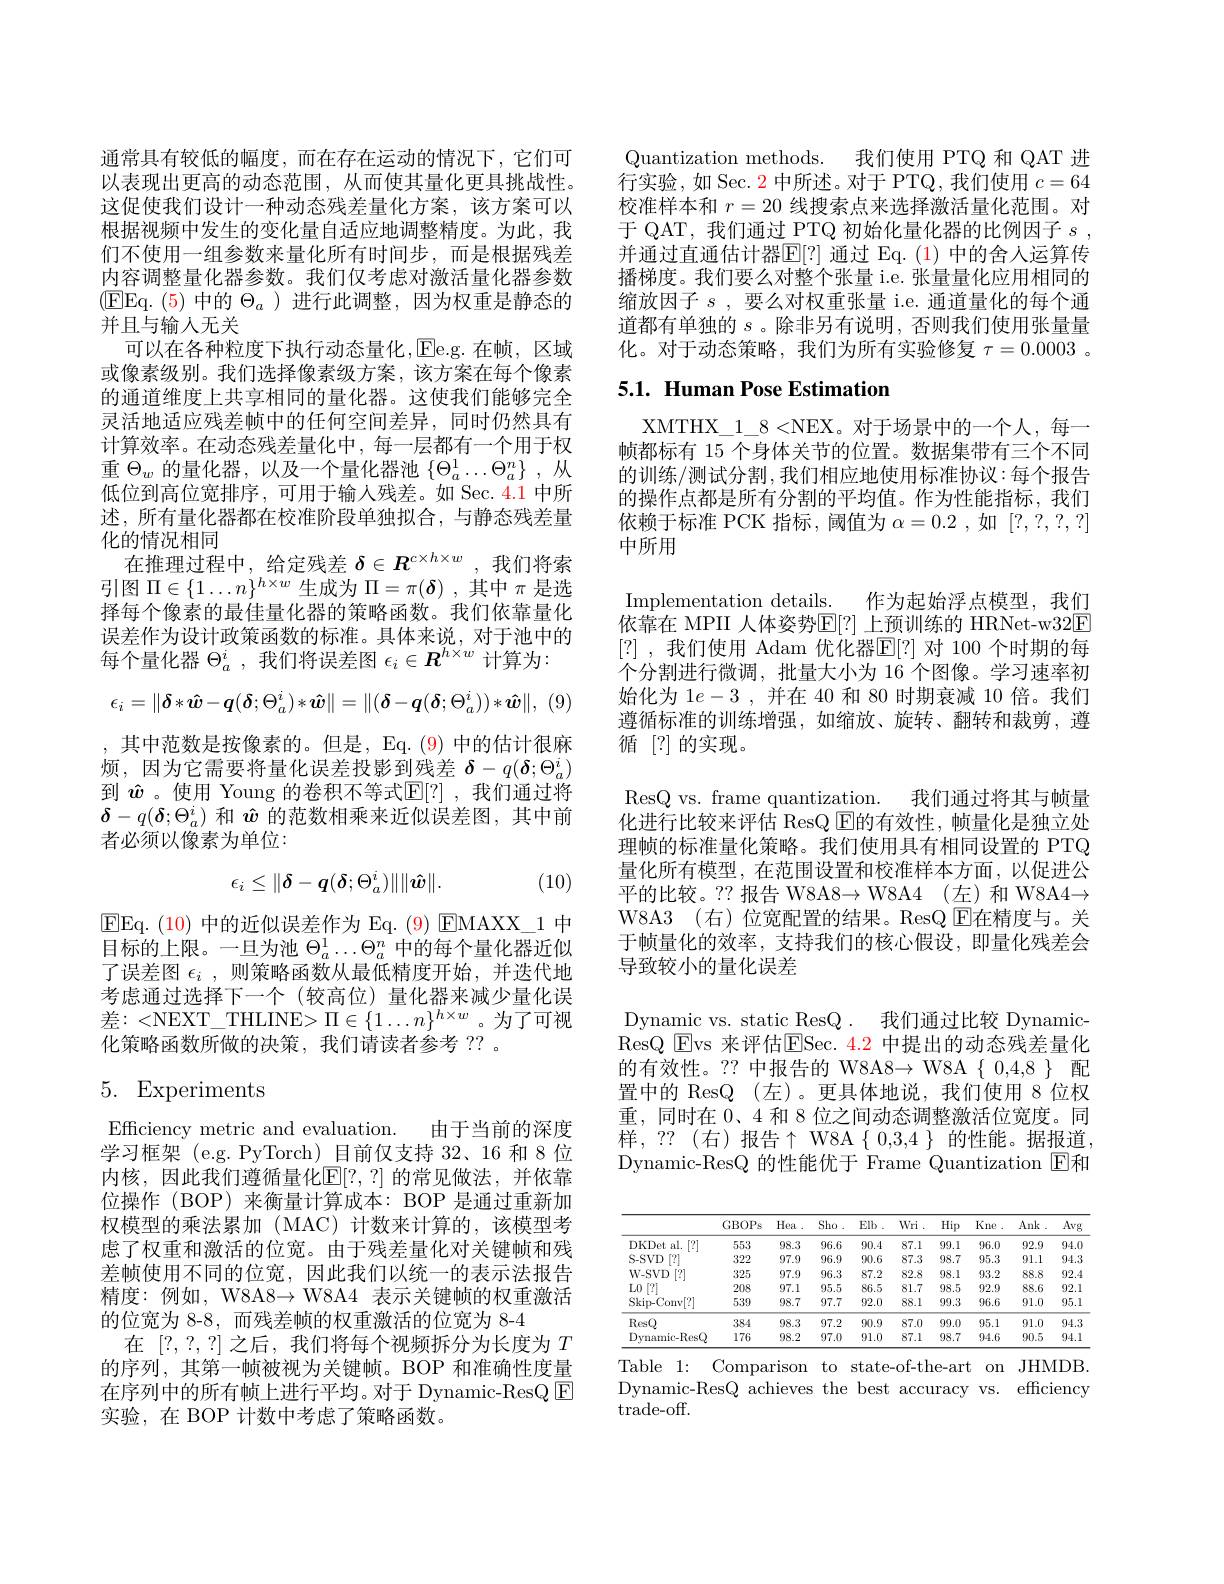
通常具有较低的幅度，而在存在运动的情况下，它们可以表现出更高的动态范围，从而使其量化更具挑战性。这促使我们设计一种动态残差量化方案，该方案可以根据视频中发生的变化量自适应地调整精度。为此，我们不使用一组参数来量化所有时间步，而是根据残差内容调整量化器参数。我们仅考虑对激活量化器参数(EEEq.(5)中的$\Theta_a$)进行此调整，因为权重是静态的并且与输人无关
可以在各种粒度下执行动态量化，Ee.g.在帧，区域或像素级别。我们选择像素级方案，该方案在每个像素的通道维度上共享相同的量化器。这使我们能够完全灵活地适应残差帧中的任何空间差异，同时仍然具有计算效率。在动态残差量化中，每一层都有一个用于权重$\Theta_w$的量化器，以及一个量化器池$\{\Theta_a^1\ldots\Theta_a^n\}$,从低位到高位宽排序，可用于输人残差。如 Sec. 4.1 中所述，所有量化器都在校准阶段单独拟合，与静态残差量化的情况相同
在推理过程中，给定残差$\delta\in\boldsymbol{R}^{c\times h\times w}$ ,我们将索引图$\Pi\in\{1\ldots n\}^h\times w$生成为$\Pi=\pi(\boldsymbol{\delta})$ ,其中$\pi$是选择每个像素的最佳量化器的策略函数。我们依靠量化误差作为设计政策函数的标准。具体来说，对于池中的每个量化器$\Theta_a^i$ ,我们将误差图$\epsilon_i\in R^h\times w$计算为：
$$\epsilon_i=\|\boldsymbol{\delta}*\boldsymbol{\hat{w}}-\boldsymbol{q}(\boldsymbol{\delta};\Theta_a^i)*\boldsymbol{\hat{w}}\|=\|(\boldsymbol{\delta}-\boldsymbol{q}(\boldsymbol{\delta};\Theta_a^i))*\boldsymbol{\hat{w}}\|$$
,其中范数是按像素的。但是，Eq.(9)中的估计很麻烦，因为它需要将量化误差投影到残差$\delta-q(\boldsymbol{\delta};\Theta_a^i)$ 到 $\hat{w}$ 。使用 Young 的卷积不等式$\mathbb{E}[?]$ ,我们通过将$\boldsymbol{\delta}-q(\boldsymbol{\delta};\Theta_a^i)$和$\hat{w}$的范数相乘来近似误差图，其中前者必须以像素为单位：
$$\epsilon_i\leq\|\delta-\boldsymbol{q}(\boldsymbol{\delta};\Theta_a^i)\|\|\boldsymbol{\hat{w}}\|.$$
(10)

EEq. ( 10) 中 的 近 似 误 差 作 为 Eq. ( 9) EMAXX$\_$1 中 目标的上限。一旦为池$\Theta_a^1\ldots\Theta_a^n$中的每个量化器近似了误差图$\epsilon _i$ ,则策略函数从最低精度开始，并迭代地考虑通过选择下一个(较高位)量化器来减少量化误$差：<$NEXT\_THLINE>$\Pi\in\{1\ldots n\}^h\times w$。为了可视化策略函数所做的决策，我们请读者参考 ?? 。

# 5. Experiments

Efficiency metric and evaluation. 由于当前的深度学习框架 (e.g. PyTorch) 目前仅支持 32、16 和 8 位内核，因此我们遵循量化$\mathbb{E}[?,?]$ 的常见做法，并依靠位操作 (BOP) 来衡量计算成本：BOP 是通过重新加权模型的乘法累加 (MAC) 计数来计算的，该模型考虑了权重和激活的位宽。由于残差量化对关键帧和残差帧使用不同的位宽，因此我们以统一的表示法报告精度：例如，W8A8→ W8A4 表示关键帧的权重激活的位宽为 8-8, 而残差帧的权重激活的位宽为 8-4
在[?,?,?]之后，我们将每个视频拆分为长度为$T$ 的序列，其第一帧被视为关键帧。BOP 和准确性度量在序列中的所有帧上进行平均。对于 Dynamic-ResQ $\boxed{\mathrm{F}}$ 实验，在 BOP 计数中考虑了策略函数。

Quantization methods. 我们使用 PTQ 和 QAT 进行实验，如 Sec. $\color{red}{2}$中所述。对于 PTQ, 我们使用$c=64$ 校准样本和$r=20$线搜索点来选择激活量化范围。对于 QAT, 我们通过 PTQ 初始化量化器的比例因子$s$ , 并通过直通估计器$\mathbb{E}[?]$ 通过 Eq.(1) 中的舍人运算传播梯度。我们要么对整个张量 i.e. 张量量化应用相同的缩放因子$s$ ,要么对权重张量 i.e. 通道量化的每个通道都有单独的$s$。除非另有说明，否则我们使用张量量化。对于动态策略，我们为所有实验修复$\tau=0.0003$ 。

## 5.1. Human Pose Estimation

XMTHX\_1\_8<NEX。对于场景中的一个人，每一帧都标有 15 个身体关节的位置。数据集带有三个不同的训练/测试分割，我们相应地使用标准协议：每个报告的操作点都是所有分割的平均值。作为性能指标，我们依赖于标准 PCK 指标，阈值为$\alpha=0.2$ ,如[?,?,?,?] 中所用

Implementation details. 作为起始浮点模型，我们依靠在 MPII 人体姿势$\mathbb{E}[?]$ 上预训练的 HRNet-w32E [?] ,我们使用 Adam 优化器$\mathbb{E}[?]$ 对 100 个时期的每个分割进行微调，批量大小为 16 个图像。学习速率初始化为$1e-3$ ,并在 40 和 80 时期衰减 10 倍。我们遵循标准的训练增强，如缩放、旋转、翻转和裁剪，遵循[?]的实现。

ResQ vs. frame quantization. 我们通过将其与帧量化进行比较来评估 ResQ $\operatorname{E\text{的有效性，帧量化是独立处}}$ 理帧的标准量化策略。我们使用具有相同设置的 PTQ 量化所有模型，在范围设置和校准样本方面，以促进公平的比较。?? 报告 W8A8→ W8A4 (左)和 W8A4→ W8A3 (右)位宽配置的结果。ResQ $\operatorname{E\text{在精度与。关}}$ 于帧量化的效率，支持我们的核心假设，即量化残差会导致较小的量化误差
Dynamic vs. static ResQ. 我们通过比较 DynamicResQ Evs 来评估E$Sec. 4. 2 $中提出的动态残差量化的有效性。?? 中报告的 W8A8→ W8A $\{0,4,8\}$配置中的 ResQ (左)。更具体地说，我们使用 8 位权重，同时在 0、4 和 8 位之间动态调整激活位宽度。同样，??(右)报告$\uparrow$W8A$\{0,3,4\}$的性能。据报道， Dynamic-ResQ 的性能优于 Frame Quantization $\boxed{\mathrm{E}}$和

<table>
	<tbody>
		<tr>
			<th> </th>
			<th>GBOPs</th>
			<th>Hea</th>
			<th>Sho</th>
			<th>Elb</th>
			<th>Wri</th>
			<th>Hip</th>
			<th>Kne</th>
			<th>Ank</th>
			<th>Avg</th>
		</tr>
		<tr>
			<td>DKDet s al. 1.[2] </td>
			<td>553</td>
			<td>98.3</td>
			<td>96.6</td>
			<td>90.4</td>
			<td>87.1</td>
			<td>99.1</td>
			<td>96.0</td>
			<td>92.9</td>
			<td>94.0</td>
		</tr>
		<tr>
			<td>S-SVD $\left|\begin{array}{c}?\\?\end{array}\right|$</td>
			<td>322</td>
			<td>97.9</td>
			<td>96.9</td>
			<td>90.6</td>
			<td>87.3</td>
			<td>98.7</td>
			<td>95.3</td>
			<td>91.1</td>
			<td>94.3</td>
		</tr>
		<tr>
			<td>$W-SVD$ [?]</td>
			<td>325</td>
			<td>97.9</td>
			<td>96.3</td>
			<td>87.2</td>
			<td>82.8</td>
			<td>98.1</td>
			<td>93.2</td>
			<td>88.8</td>
			<td>92.4 1  1 1</td>
		</tr>
		<tr>
			<td>$L0$ $\left\lceil\begin{array}{c}?\\?\end{array}\right\rceil$ 1</td>
			<td>208</td>
			<td>97.1</td>
			<td>95.5</td>
			<td>86.5</td>
			<td>81.7</td>
			<td>98.5</td>
			<td>92.9</td>
			<td>88.6</td>
			<td>92.1</td>
		</tr>
		<tr>
			<td>$\operatorname{Skip-Conv}[?]$</td>
			<td>539</td>
			<td>98.7</td>
			<td>97.7</td>
			<td>92.0</td>
			<td>88.1</td>
			<td>99.3</td>
			<td>96.6</td>
			<td>91.0</td>
			<td>95.1</td>
		</tr>
		<tr>
			<td>ResQ</td>
			<td>384</td>
			<td>98.3</td>
			<td>97.2</td>
			<td>90.9</td>
			<td>87.0</td>
			<td>99.0</td>
			<td>95.1</td>
			<td>91.0</td>
			<td>94.3</td>
		</tr>
		<tr>
			<td>Dynamic-ResQ</td>
			<td>176</td>
			<td>98.2</td>
			<td>97.0</td>
			<td>91.0</td>
			<td>87.1</td>
			<td>98.7</td>
			<td>94.6</td>
			<td>90.5</td>
			<td>94.1</td>
		</tr>
	</tbody>
</table>
Table 1: Comparison to state-of-the-art on JHMDB

Dynamic-ResQ achieves the best accuracy vs. effciency
$\operatorname{trade-off.}$